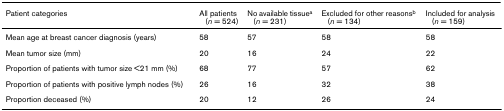
<table><thead><tr><td><b>Patient categories</b></td><td><b>All patients (<i>n </i>= 524)</b></td><td><b>No available tissue<sup>a </sup>(<i>n </i>= 231)</b></td><td><b>Excluded for other reasons<sup>b </sup>(<i>n </i>= 134)</b></td><td><b>Included for analysis (<i>n </i>= 159)</b></td></tr></thead><tbody><tr><td>Mean age at breast cancer diagnosis (years)</td><td>58</td><td>57</td><td>58</td><td>58</td></tr><tr><td>Mean tumor size (mm)</td><td>20</td><td>16</td><td>24</td><td>22</td></tr><tr><td>Proportion of patients with tumor size &lt;21 mm (%)</td><td>68</td><td>77</td><td>57</td><td>62</td></tr><tr><td>Proportion of patients with positive lymph nodes (%)</td><td>26</td><td>16</td><td>32</td><td>38</td></tr><tr><td>Proportion deceased (%)</td><td>20</td><td>12</td><td>26</td><td>24</td></tr></tbody></table>